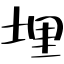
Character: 埋